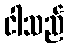
ငါသည်